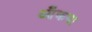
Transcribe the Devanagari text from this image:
आँकना